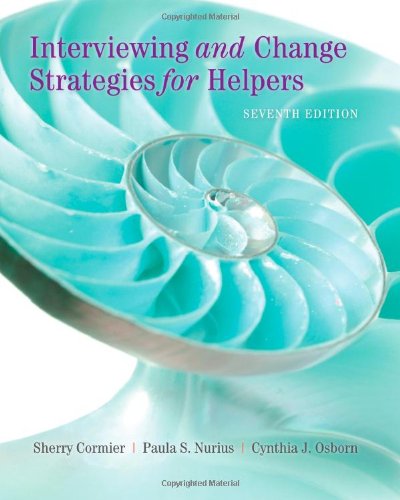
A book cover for Interviewing and Change Strategies for Helpers (HSE 123 Interviewing Techniques); Sherry Cormier; Medical Books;